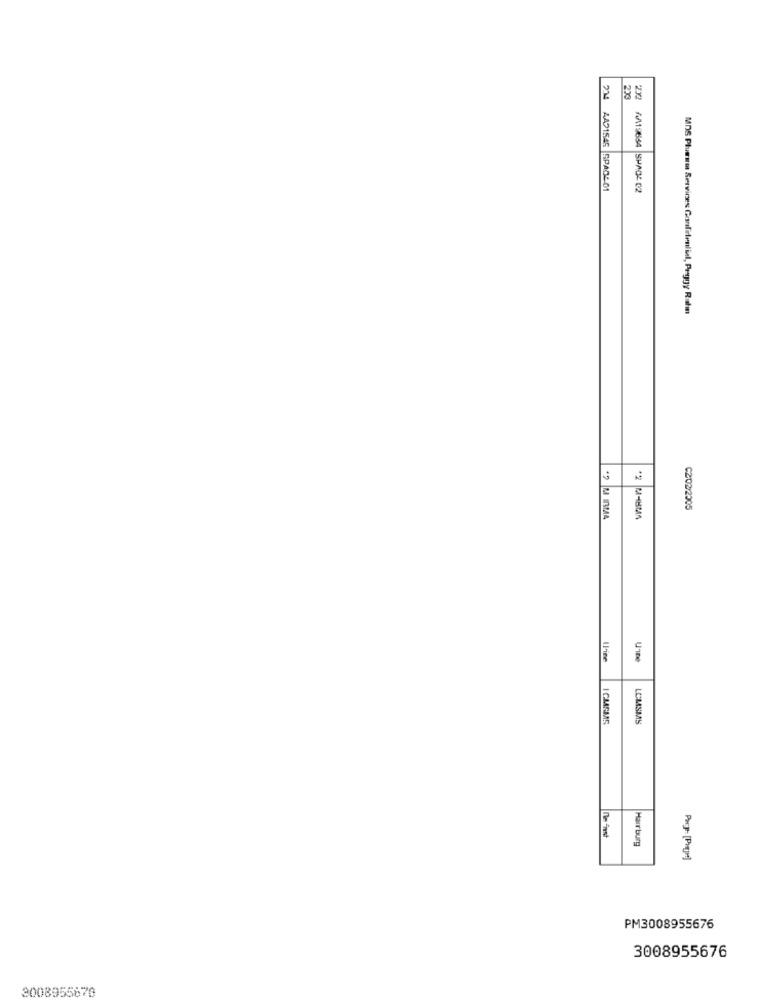
273
2X2
AA21545 SPADL 01
232 AM19854 SHAD4 C2
MDS Plumas Services Confidential, Peggy Ruhm
C202/2005
ICMSMAS
LCMSMS
Harrburg
$
PM3008955676
3008955676
3008955870